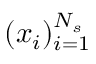
( x _ { i } ) _ { i = 1 } ^ { N _ { s } }